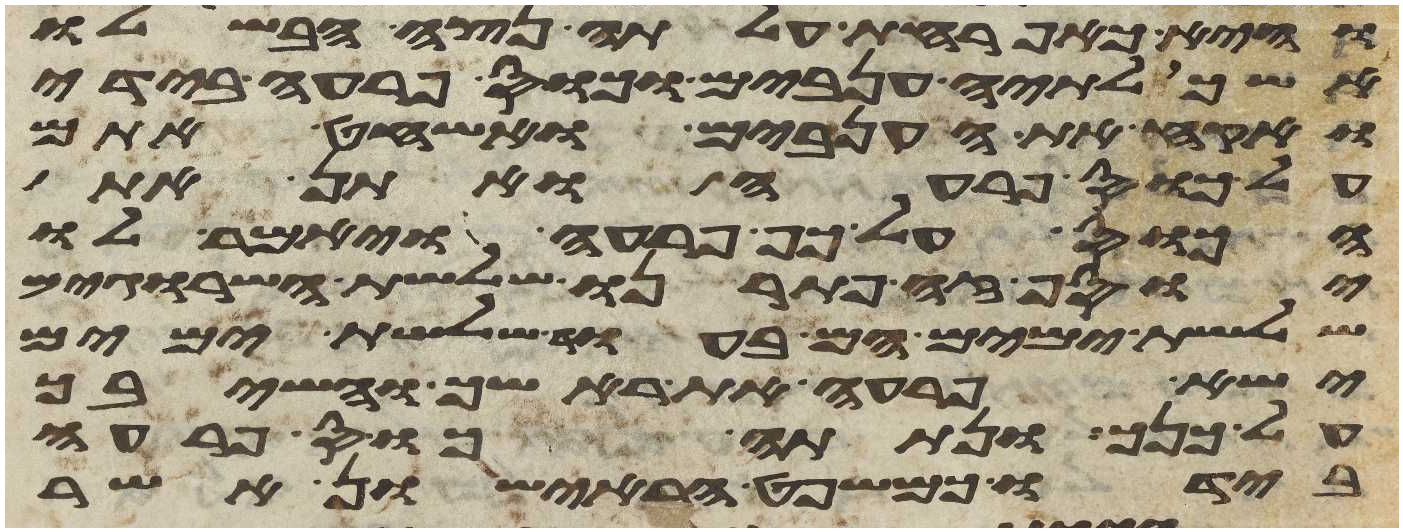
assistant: והיא כאפרחת עלתה נצה הבשילו
אשכלתיה ענבים וכוס פרעה בידי
ואקח את הענבים ואשחט אתם
על כוס פרעה ואתן את
הכוס על כף פרעה ויאמר לו
יוסף זה פתרנו שלשת השרוגים
שלשת ימים הם בעוד שלשת ימים
ישא פרעה את ראשך והשיבך
על כנך ונתתה כוס פרעה
בידו כמשפט הראישון אשר